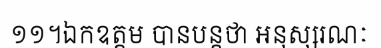
១១។ឯកឧត្តម បានបន្តថា អនុស្សរណៈ